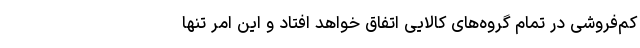
کم‌فروشی در تمام گروه‌های کالایی اتفاق خواهد افتاد و این امر تنها